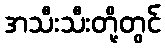
အသီးသီးတို့တွင်